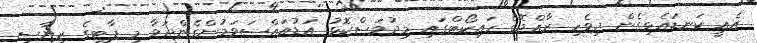
އެއީ ކަނޑައެޅިގެން ދިވެހި ރާއްޖޭގެ ހައިކޯޓްގައި މިދުވަސްކޮޅު އަޑުއައްސަވަމުންގެންދަވާ މި ޕާޓީގެ ރިޔާސީ